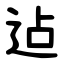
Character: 迠